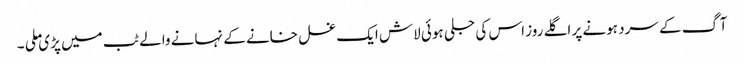
آگ کے سرد ہونے پر اگلے روز اس کی جلی ہوئی لاش ایک غسل خانے کے نہانے والے ٹب میں پڑی ملی ۔